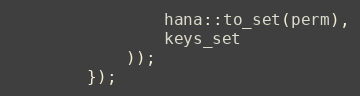
Language: C++
                hana::to_set(perm),
                keys_set
            ));
        });